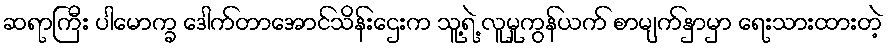
ဆရာကြီး ပါမောက္ခ ဒေါက်တာအောင်သိန်းဌေးက သူ့ရဲ့ လူမှုကွန်ယက် စာမျက်နှာမှာ ရေးသားထားတဲ့